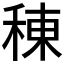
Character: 𫞸